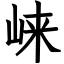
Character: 崃